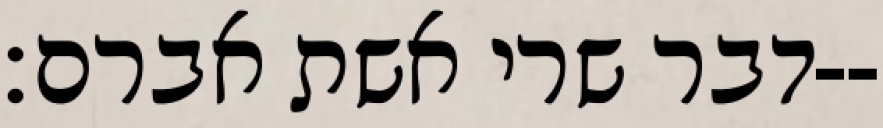
דבר שרי אשת אברם׃--